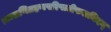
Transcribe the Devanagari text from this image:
त्वत्पाणिग्रहणपरिपाटीफलमिदम्